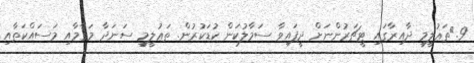
9.	ތަޢުލީމީ ދާއިރާގައި ޓީޗަރުންނަށް ދީފައިވާ ސަމާލުކަން ކުޑަކުރުން. ތަޢުލީމީ ސަނަދާ މަޤާމާއި މަސައްކަތާއި